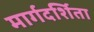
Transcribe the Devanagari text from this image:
मार्गदर्शिता